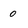
Character: 0